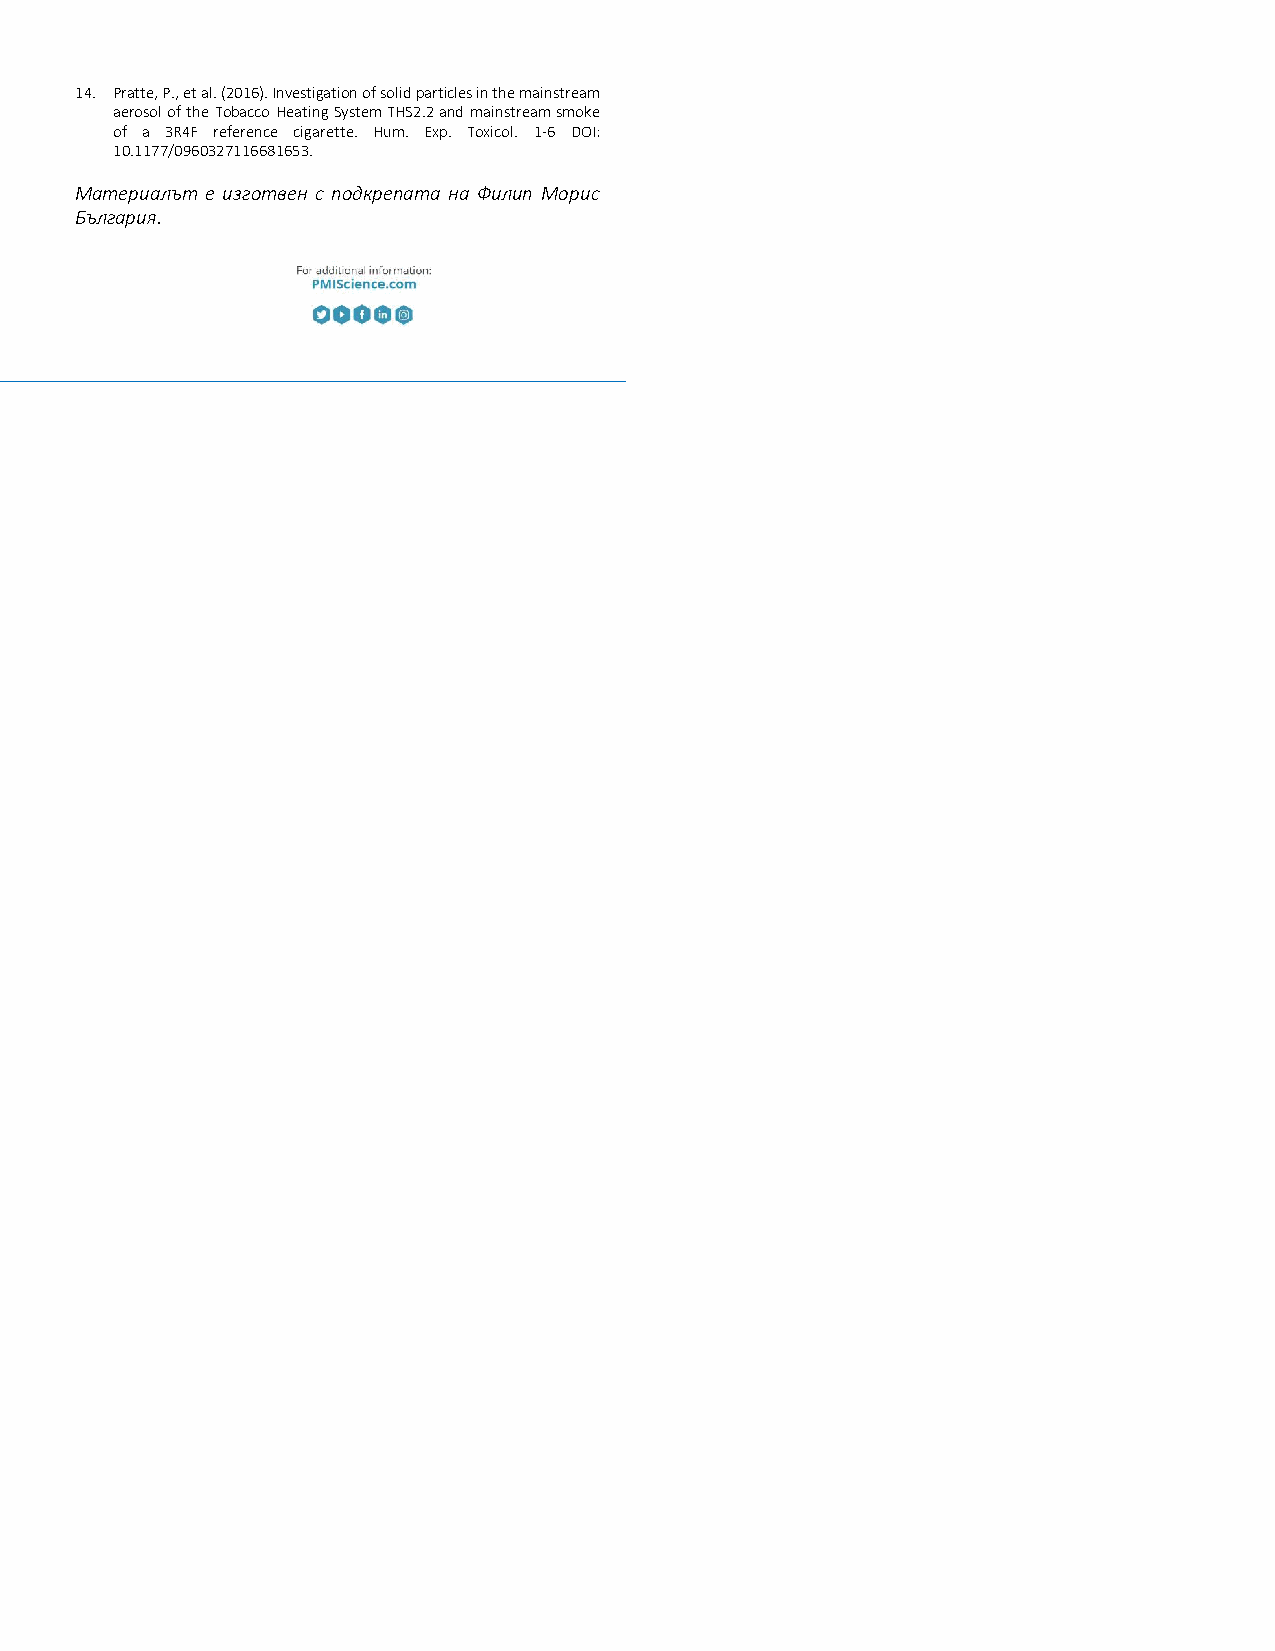
14. Pratte, P., et al. (2016). Investigation of solid particles in the mainstream
 aerosol of the Tobacco Heating System THS2.2 and mainstream smoke
 of a 3R4F reference cigarette. Hum. Exp. Toxicol. 1-6 DOI:
 10.1177/0960327116681653.
 Материалът е изготвен с подкрепата на Филип Морис
 България.